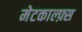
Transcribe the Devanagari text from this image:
मेटकाल्फ़्स